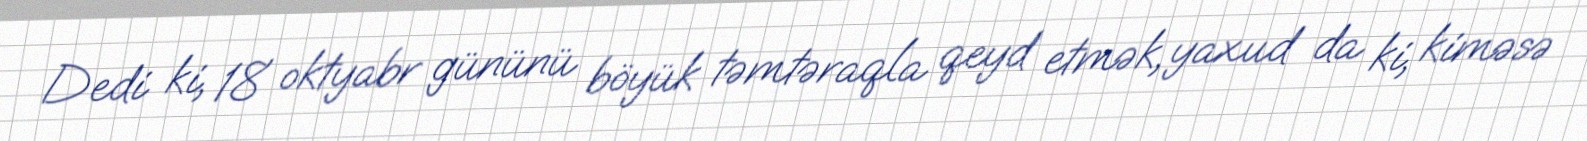
Dedi ki, 18 oktyabr gününü böyük təmtəraqla qeyd etmək, yaxud da ki, kiməsə